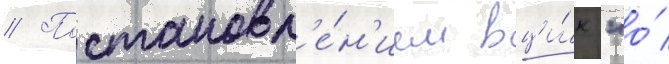
// Постановл'е́н'ием вци́к "о́